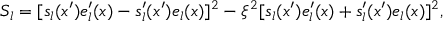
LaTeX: S _ { l } = [ s _ { l } ( x ^ { \prime } ) e _ { l } ^ { \prime } ( x ) - s _ { l } ^ { \prime } ( x ^ { \prime } ) e _ { l } ( x ) ] ^ { 2 } - \xi ^ { 2 } [ s _ { l } ( x ^ { \prime } ) e _ { l } ^ { \prime } ( x ) + s _ { l } ^ { \prime } ( x ^ { \prime } ) e _ { l } ( x ) ] ^ { 2 } ,